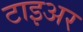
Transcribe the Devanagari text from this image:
टाइअर